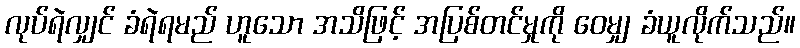
လုပ်ရဲလျှင် ခံရဲရမည် ဟူသော အသိဖြင့် အပြစ်တင်မှုကို ဝေမျှ ခံယူလိုက်သည်။